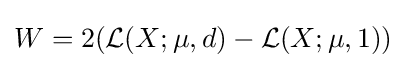
W=2({\mathcal {L}}(X;\mu ,d)-{\mathcal {L}}(X;\mu ,1))